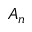
A _ { n }